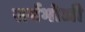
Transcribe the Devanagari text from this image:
सर्वभोजी